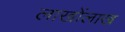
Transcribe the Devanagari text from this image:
लाखोंलाख